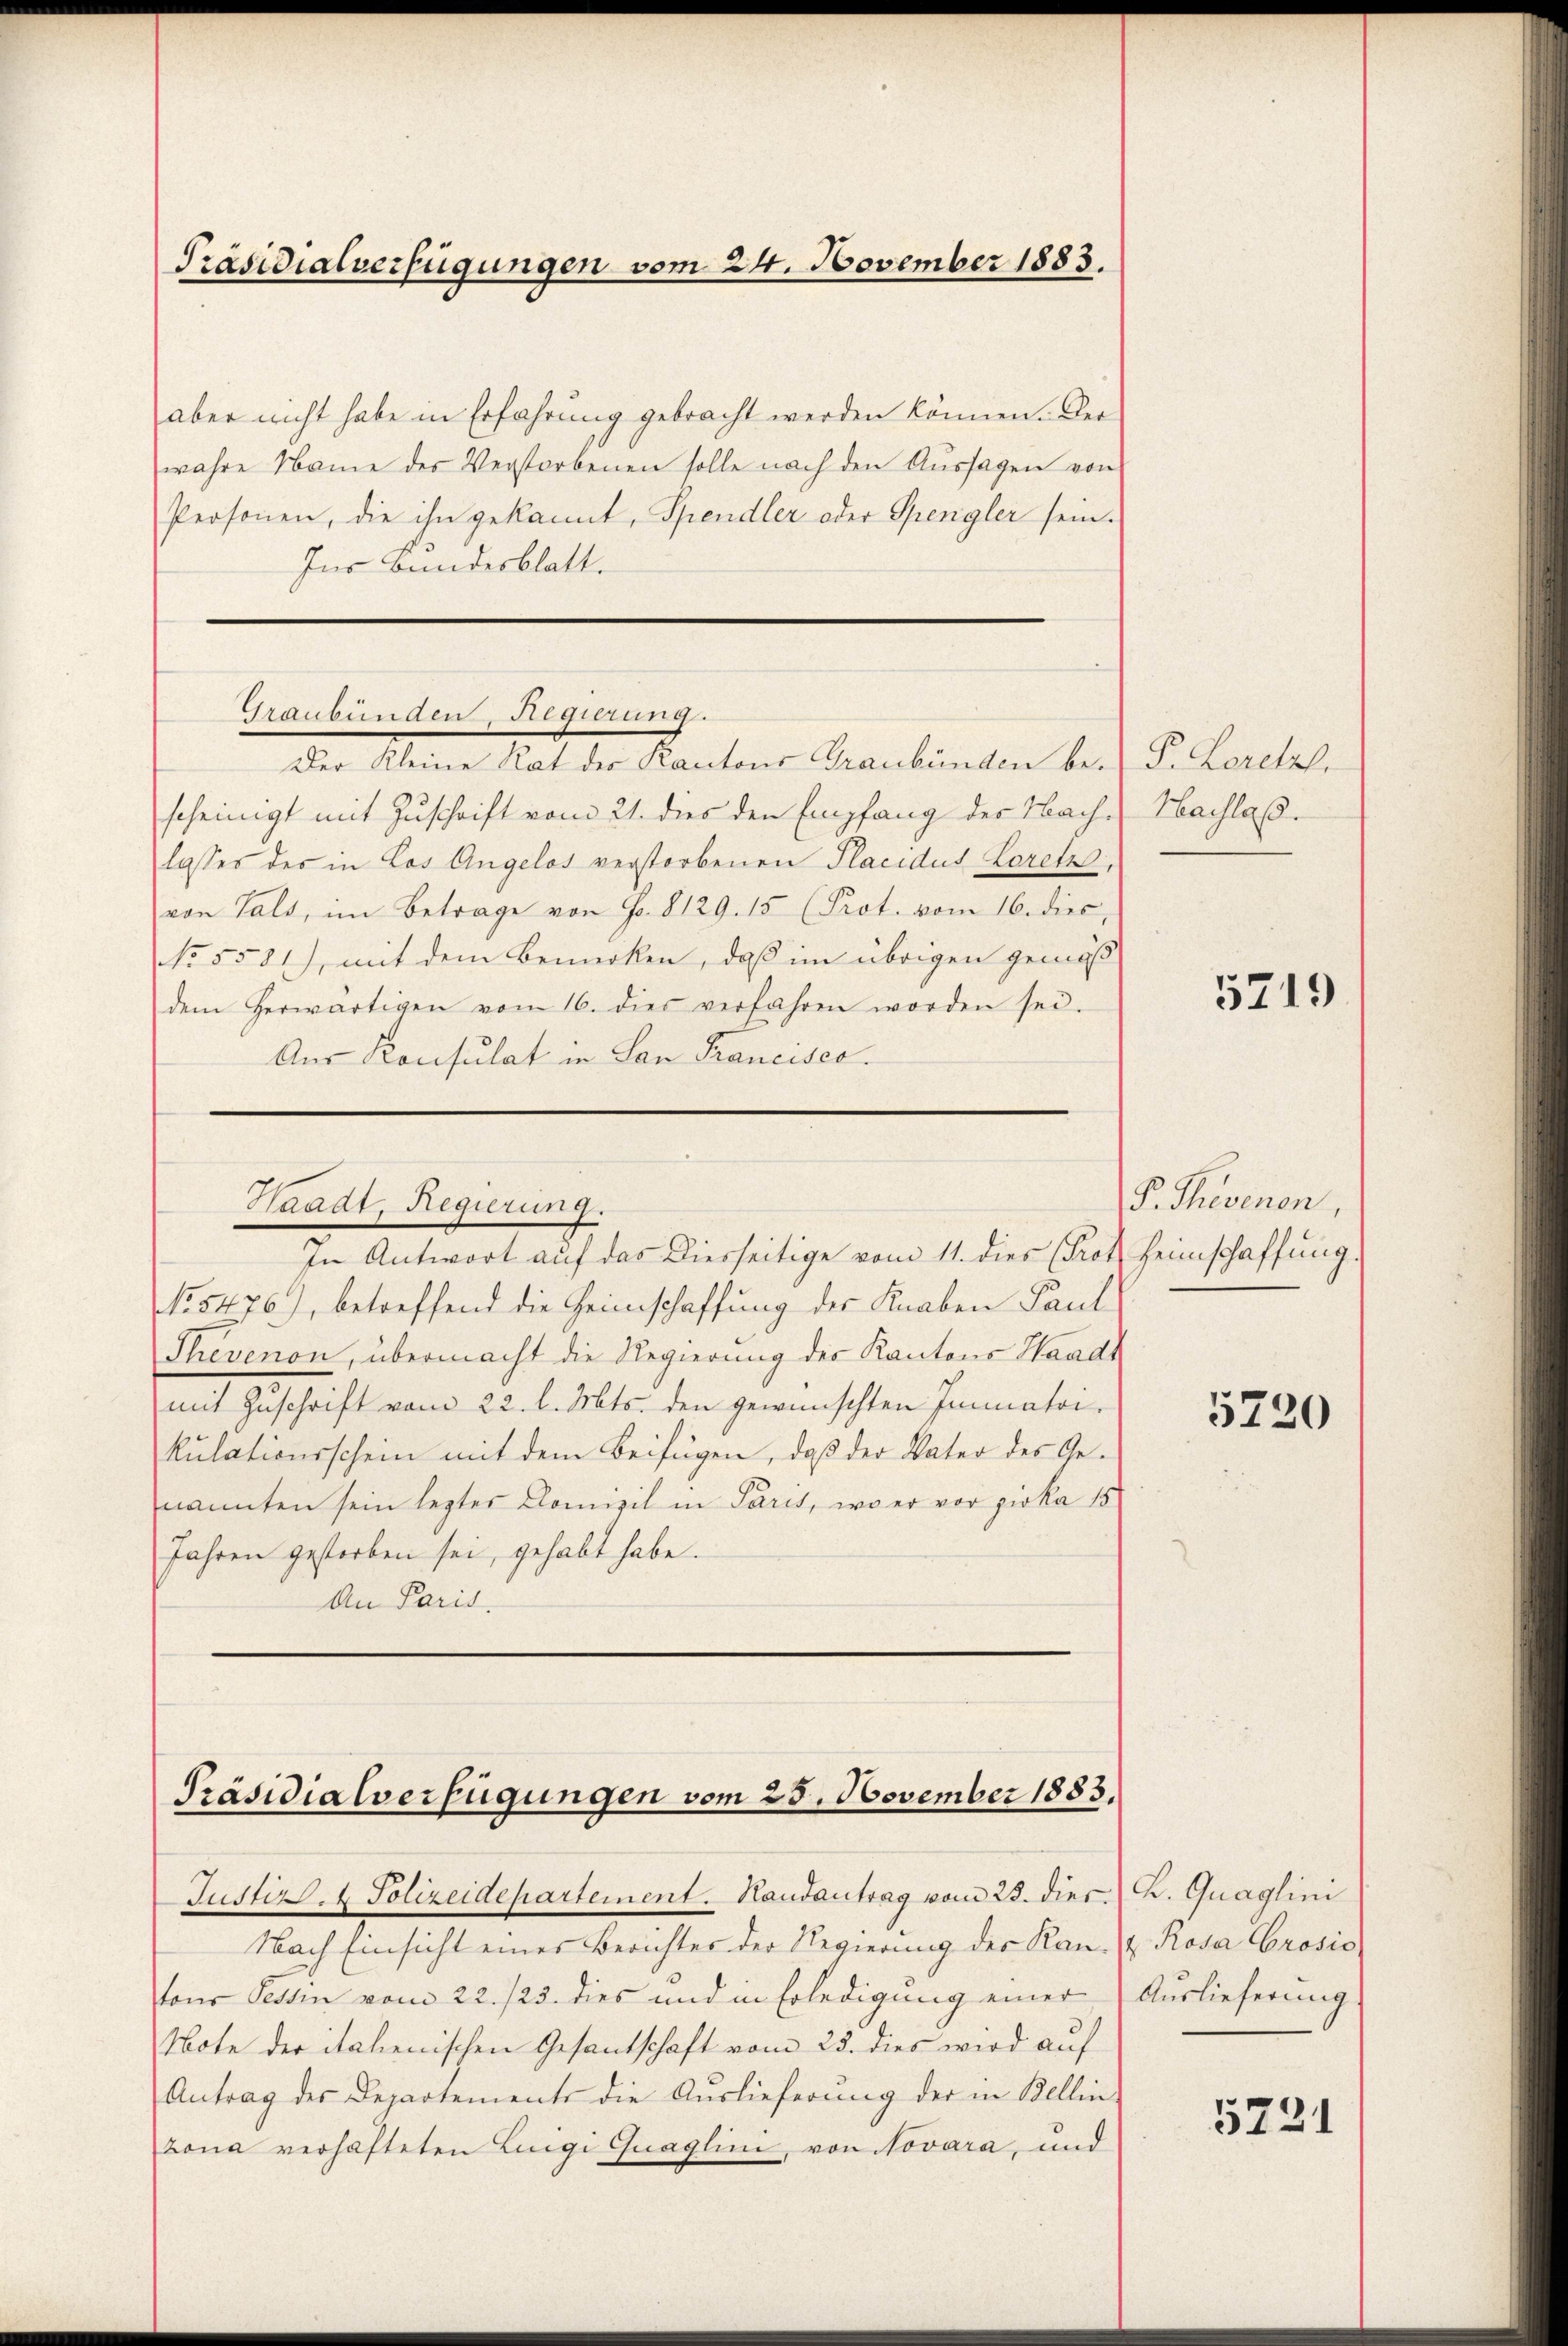
aber nicht habe in Erfahrung gebracht werden können. Der
wahre Name des Verstorbenen solle nach den Aŭssagen von
Personen, die ihn gekannt, Spendler oder Spengler sein.
Ins Bundesblatt.

Präsidialverfügungen vom 24. November 1883.

Graubünden, Regierung.

Der Kleine Rat des Kantons Graubünden be-P. Loretzl.
scheinigt mit Zuschrift vom 21. dies den Empfang des Nachlasses des in Los Angelos verstorbenen Placidus Lorets,
von Tals, im Betrage von Fr. 8129. 15 (Prot. vom 16. dies,
No 5581), mit dem Bemerken, daß im übrigen gemäß
dem herwärtigen vom 16. dies verfahren worden sei.
Aus Konsulat in San Francisco

Waadt, Regierung.

In Antwort auf das Diesseitige vom 11. dies (Prof. Heimschaffung.
NNo. 5476), betreffend die Heimschaffung der Knaben Paul
Thevenon, übermacht die Regierung des Kantons Waadt
mit Zuschrift vom 22. d. Mts. den gewünschten Immatrikulationsschein mit dem Beifügen, daß der Vater des Genannten sein lezter Comizil in Paris, wo er vor Zirka 15
Jahren gestorben sei, gehabt habe.
An Paris.

Präsidialverfügungen vom 25. November 1883.
Justizs. 4 Polizeidepartement. Handantrag vom 23. dies. K. Quaglini

Nach Einsicht eines Berichtes der Regierung der Kan- & Rosa Grosio
tons Tessin vom 22./23. dies und in Erledigŭng einer Auslieferung
Note der italienischen Gesantschaft vom 23. dies wird auf
Antrag des Departements die Auslieferŭng der in Bellin-
zona verhafteten Luigi Guaglini, von Novara, und

Hachlas.

5719

F. Thesenen,

5730

5721